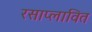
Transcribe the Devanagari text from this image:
रसाप्लावित